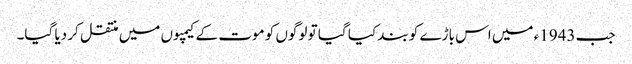
جب 1943ء میں اس باڑے کو بند کیا گیا تو لوگوں کو موت کے کیمپوں میں منتقل کر دیا گیا۔